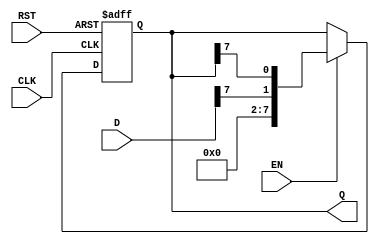
module ShiftRegister #(
    parameter N = 8   // Define the size of the shift register (number of bits)
)(
    input wire [N-1:0] D,    // Input data
    input wire CLK,           // Clock signal
    input wire RST,           // Asynchronous reset
    input wire EN,            // Enable signal
    output reg [N-1:0] Q      // Current state of the shift register
);

    // Asynchronous reset and shifting logic
    always @(posedge CLK or posedge RST) begin
        if (RST) begin
            Q <= 0; // Clear the register on reset
        end else if (EN) begin
            Q <= {D[N-1], Q[N-1:N-1]}; // Shift right and insert new data
        end
    end

endmodule